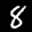
Label: 8